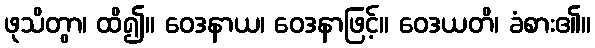
ဖုသိတွာ၊ ထိ၍။ ဝေဒနာယ၊ ဝေဒနာဖြင့်။ ဝေဒယတိ၊ ခံစား၏။